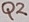
Text: Q2